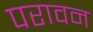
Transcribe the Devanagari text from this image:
परावन